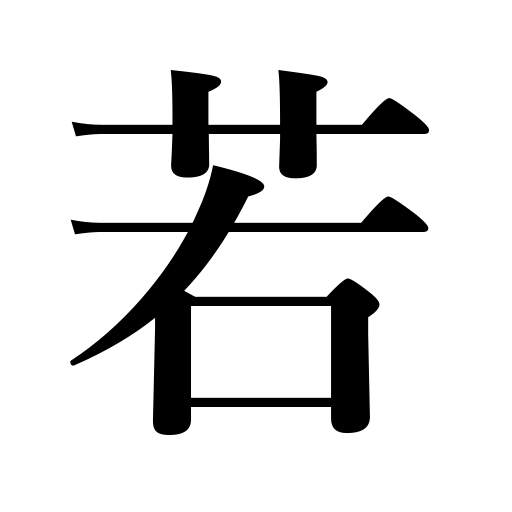
Meanings: immature,inexperienced,or,otherwise ,youthful,low number,junior,young,juvenile,younger,if